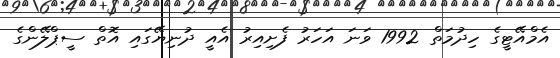
އެމްއޭޓީގެ ހިދުމަތް 1992 ވަނަ އަހަރު ފެށިއިރު އެއީ ދުނިޔޭގައި އޮތް ސީޕްލޭންގެ